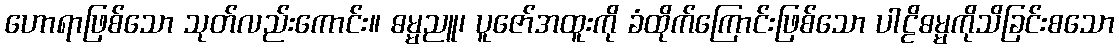
ဟောရာဖြစ်သော သုတ်လည်းကောင်း။ ဓမ္မညူ၊ ပူဇော်အထူးကို ခံထိုက်ကြောင်းဖြစ်သော ပါဠိဓမ္မကိုသိခြင်းစသော